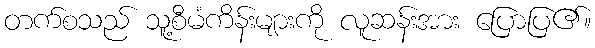
တက်စသည် သူ့စီမံကိန်းများကို လူဆန်းအား ပြောပြ၏။